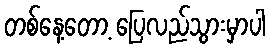
တစ်နေ့တော့ ပြေလည်သွားမှာပါ